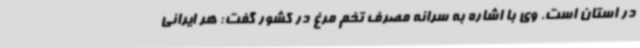
در استان است. وی با اشاره به سرانه مصرف تخم مرغ در کشور گفت: هر ایرانی